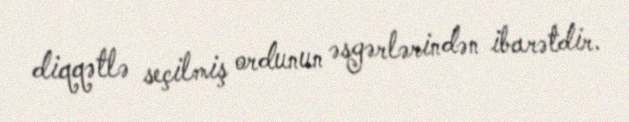
diqqətlə seçilmiş ordunun əsgərlərindən ibarətdir.